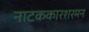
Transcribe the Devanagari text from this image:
नाटककारशरमन